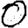
Digit: 0